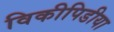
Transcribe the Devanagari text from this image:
विकीपिडीया